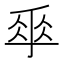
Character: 𠂿